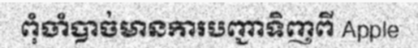
ពុំចាំបាច់មានការបញ្ជាទិញពី Apple